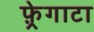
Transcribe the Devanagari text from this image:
फ़्रेगाटा